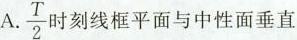
A.\frac{T}{2}刻线框平面与中性面垂直